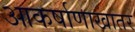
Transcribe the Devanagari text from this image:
आकर्षाणाखातर